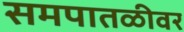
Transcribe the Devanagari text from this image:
समपातळीवर